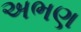
અભણ